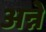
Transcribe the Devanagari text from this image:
अन्ने